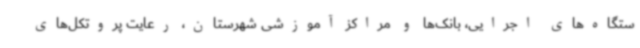
ستگاه‌های اجرایی، بانک‌ها و مراکز آموزشی شهرستان، رعایت پروتکل‌های